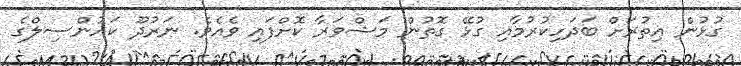
ގުޅުން އިތުރަށް ބަދަހިކުރުމާއި ގުޅޭ ގޮތުން މަޝްވަރާ ކޮށްފައި ވެއެވެ. ނަރުދޫ ކައުންސިލްގެ